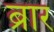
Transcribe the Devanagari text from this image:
ब्रार